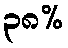
၃၈%